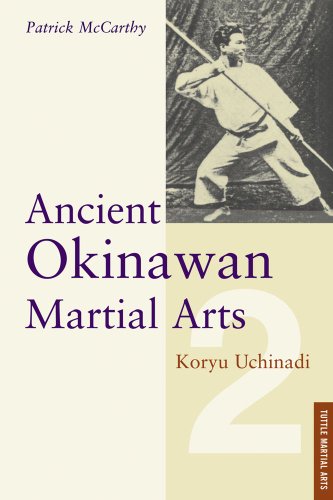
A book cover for Ancient Okinawan Martial Arts, Vol. 2 (Tuttle Martial Arts); Koryu Uchinadi; Sports & Outdoors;